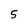
Character: 5